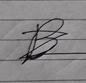
Signature authenticity: forged